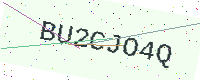
Text: BU2CJO4Q